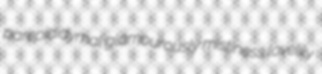
parepididymal glamourously mistiness lovelily